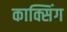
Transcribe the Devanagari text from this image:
काक्सिंग